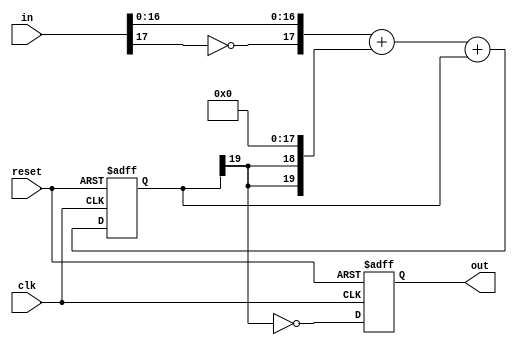
//
// PWM DAC
//
// MSBI is the highest bit number. NOT amount of bits!
//
module sigma_delta_dac #(parameter MSBI=17, parameter INV=1'b1)
(
   output reg      out, //Average Output feeding analog lowpass
   input [MSBI:0] in,  //DAC input (excess 2**MSBI)

   input           clk,
   input           reset
);
	
reg [MSBI+2:0] DeltaAdder; //Output of Delta Adder
reg [MSBI+2:0] SigmaAdder; //Output of Sigma Adder
reg [MSBI+2:0] SigmaLatch; //Latches output of Sigma Adder
reg [MSBI+2:0] DeltaB;     //B input of Delta Adder

always @(*) DeltaB = {SigmaLatch[MSBI+2], SigmaLatch[MSBI+2]} << (MSBI+1);
always @(*) DeltaAdder = { ~in[MSBI], in[(MSBI-1):0] } + DeltaB;
always @(*) SigmaAdder = DeltaAdder + SigmaLatch;

always @(posedge clk or posedge reset) begin
   if(reset) begin
      SigmaLatch <= 1'b1 << (MSBI+1);
      out <= INV;
   end else begin
      SigmaLatch <= SigmaAdder;
      out <= SigmaLatch[MSBI+2] ^ INV;
   end
end

endmodule